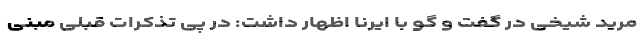
مرید شیخی در گفت و گو با ایرنا اظهار داشت: در پی تذکرات قبلی مبنی